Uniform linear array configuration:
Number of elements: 12
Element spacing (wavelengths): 0.5
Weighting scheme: uniform
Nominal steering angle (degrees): -30
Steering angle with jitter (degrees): -28.489
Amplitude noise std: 0.05
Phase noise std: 0.05

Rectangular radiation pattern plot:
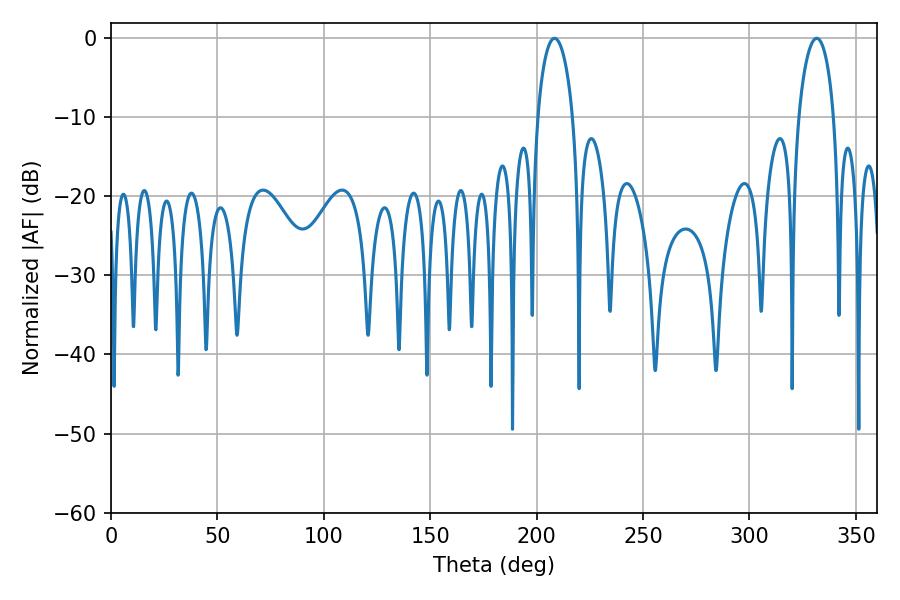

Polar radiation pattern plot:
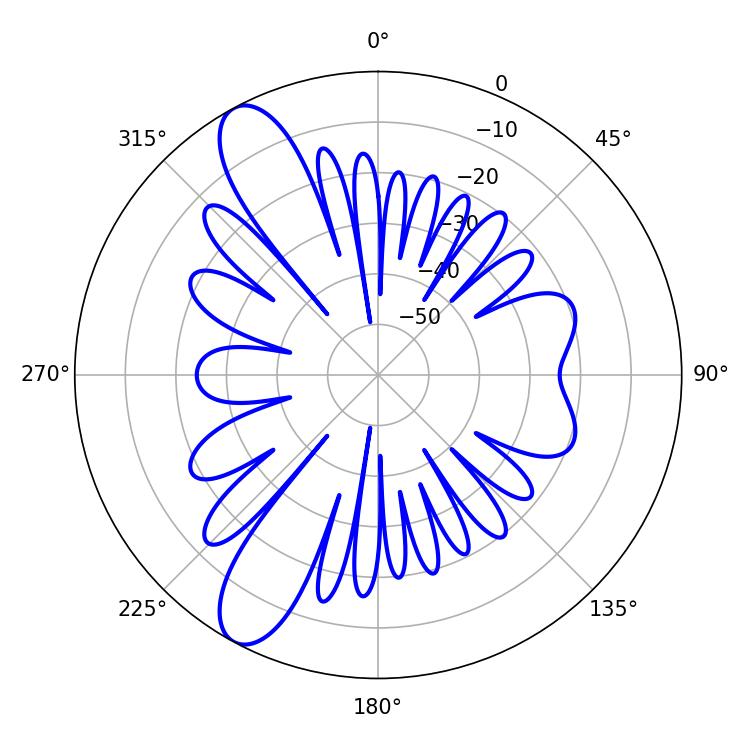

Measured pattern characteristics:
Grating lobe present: FALSE
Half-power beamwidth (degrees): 9.54
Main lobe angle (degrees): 208.44